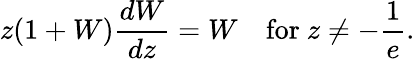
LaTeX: z(1+W){\frac{dW}{dz}}=W\quad{\mathrm{for~}}z\neq-{\frac{1}{e}}.